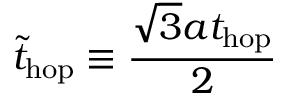
\tilde { t } _ { \mathrm { h o p } } \equiv \frac { \sqrt { 3 } a t _ { \mathrm { h o p } } } { 2 }